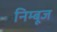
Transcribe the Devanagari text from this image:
निम्बूज